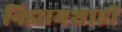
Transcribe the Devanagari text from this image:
निझामशाही